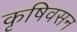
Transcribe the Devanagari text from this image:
कृषिवसन